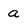
Character: a